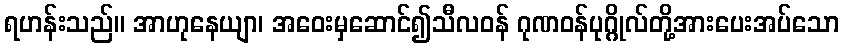
ရဟန်းသည်။ အာဟုနေယျာ၊ အဝေးမှဆောင်၍သီလဝန် ဂုဏဝန်ပုဂ္ဂိုလ်တို့အားပေးအပ်သော